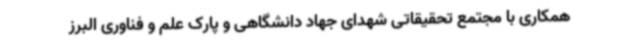
همکاری با مجتمع تحقیقاتی شهدای جهاد دانشگاهی و پارک علم و فناوری البرز